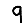
Digit: 9